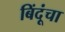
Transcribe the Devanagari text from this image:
बिंदूंचा